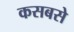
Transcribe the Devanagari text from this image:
कसबसे